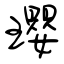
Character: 瓔